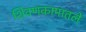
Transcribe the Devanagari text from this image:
शिवणकामातले